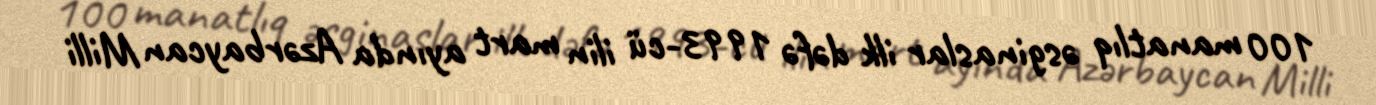
100 manatlıq əsginaslar ilk dəfə 1993-cü ilin mart ayında Azərbaycan Milli